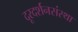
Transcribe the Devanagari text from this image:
दूरदर्शनसंस्था